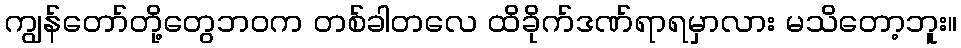
ကျွန်တော်တို့တွေဘဝက တစ်ခါတလေ ထိခိုက်ဒဏ်ရာရမှာလား မသိတော့ဘူး။